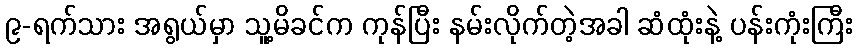
၉-ရက်သား အရွယ်မှာ သူ့မိခင်က ကုန်ပြီး နမ်းလိုက်တဲ့အခါ ဆံထုံးနဲ့ ပန်းကုံးကြီး